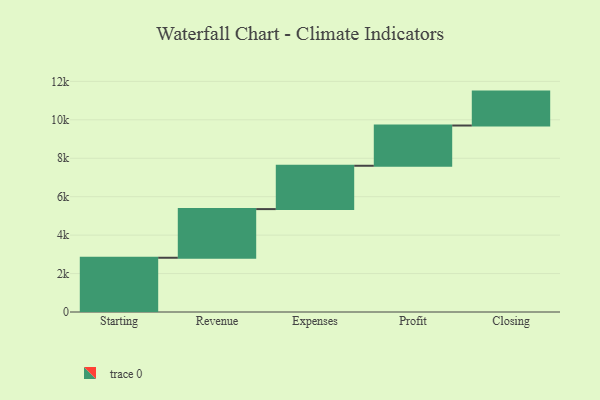
{"axis": {"x": "Step", "y": "Value"}, "legend": [""], "data": [{"x": "Starting", "y": 2823.0, "type": ""}, {"x": "Revenue", "y": 2531.0, "type": ""}, {"x": "Expenses", "y": 2255.0, "type": ""}, {"x": "Profit", "y": 2094.0, "type": ""}, {"x": "Closing", "y": 1765.0, "type": ""}]}